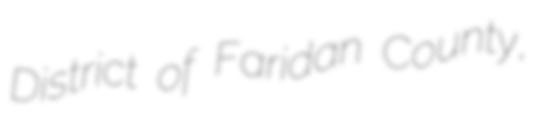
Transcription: District of Faridan County,